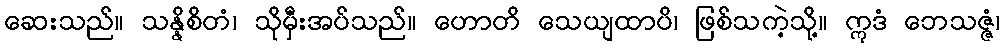
ဆေးသည်။ သန္နိစိတံ၊ သိုမှီးအပ်သည်။ ဟောတိ သေယျထာပိ၊ ဖြစ်သကဲ့သို့။ ဣဒံ ဘေသဇ္ဇံ၊